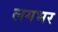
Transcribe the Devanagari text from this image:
लगभर